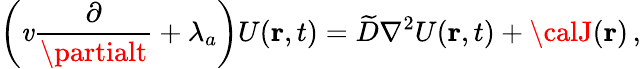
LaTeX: \bigg(\mathit{v}\frac{{\partial}}{{\partialt}}+\lambda_{a}\bigg)U({\mathbf{r}},t)=\widetilde{D}\nabla^{2}U({\mathbf{r}},t)+{\calJ}({\mathbf{r}})\, ,